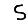
Digit: 5